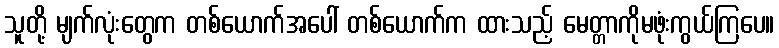
သူတို့ မျက်လုံးတွေက တစ်ယောက်အပေါ် တစ်ယောက်က ထားသည့် မေတ္တာကိုမဖုံးကွယ်ကြပေ။